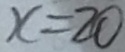
x = 2 0